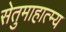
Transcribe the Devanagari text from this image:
सेतुमाहात्म्य